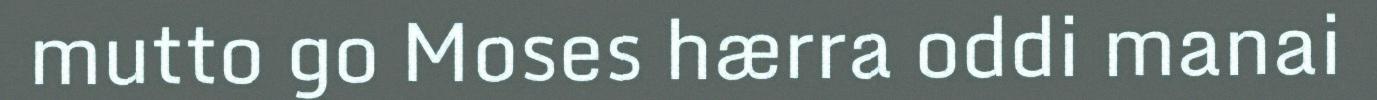
mutto go Moses hærra oddi manai